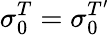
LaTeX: \sigma_{0}^{T}=\sigma_{0}^{T^{\prime}}